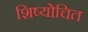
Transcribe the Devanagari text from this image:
शिष्योचित